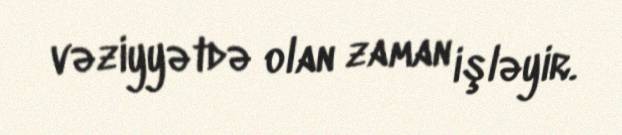
vəziyyətdə olan zaman işləyir.